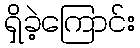
ရှိခဲ့ကြောင်း